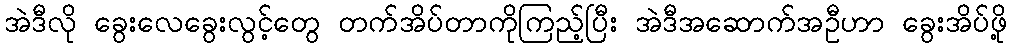
အဲဒီလို ခွေးလေခွေးလွင့်တွေ တက်အိပ်တာကိုကြည့်ပြီး အဲဒီအဆောက်အဦဟာ ခွေးအိပ်ဖို့